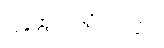
ပြန်ထွက်သွားသည်။